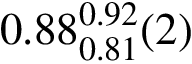
0 . 8 8 _ { 0 . 8 1 } ^ { 0 . 9 2 } ( 2 )